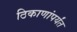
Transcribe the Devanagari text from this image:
ठिकाणांपर्यंत